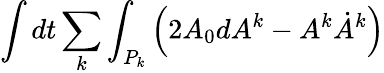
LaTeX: \int dt\sum_{k}\int_{P_{k}}\left(2A_{0}dA^{k}-A^{k}\dot{A}^{k}\right)